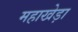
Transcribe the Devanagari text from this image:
महाखेड़ा